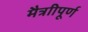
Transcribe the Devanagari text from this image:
मैत्राीपूर्ण